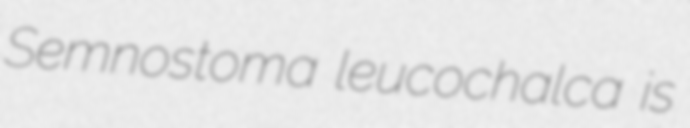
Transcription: Semnostoma leucochalca is